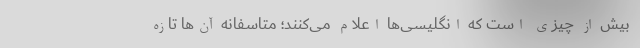
بیش از چیزی است که انگلیسی‌‌ها اعلام می‌کنند؛ متاسفانه آن‌‌ها تازه